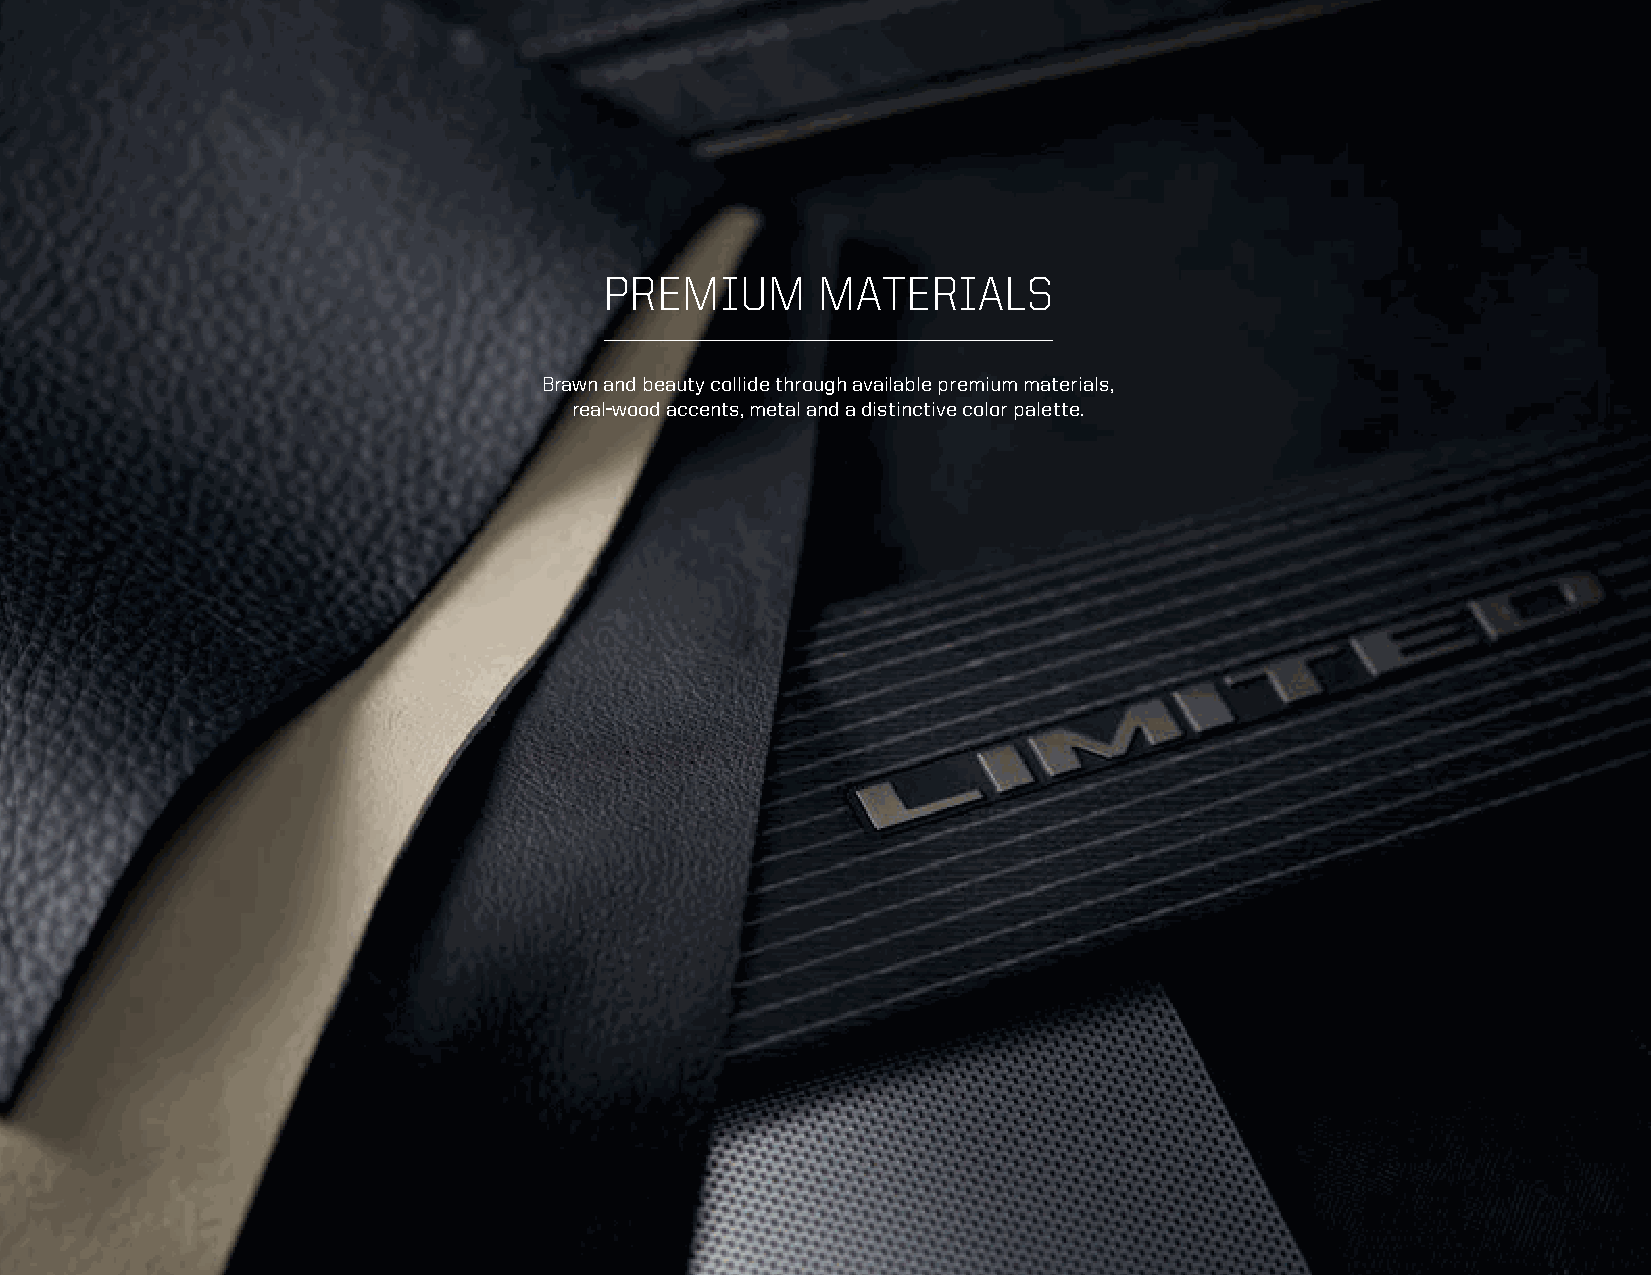
PREMIUM       MATERIALS
 Brawn and beauty collide through available premium materials,
 real-wood accents, metal and a distinctive color palette.